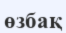
өзбақ